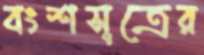
বংশসূত্রের